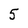
Character: 5